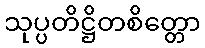
သုပ္ပတိဋ္ဌိတစိတ္တော